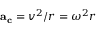
\mathbf { a } _ { \mathbf { c } } = v ^ { 2 } / r = \omega ^ { 2 } r